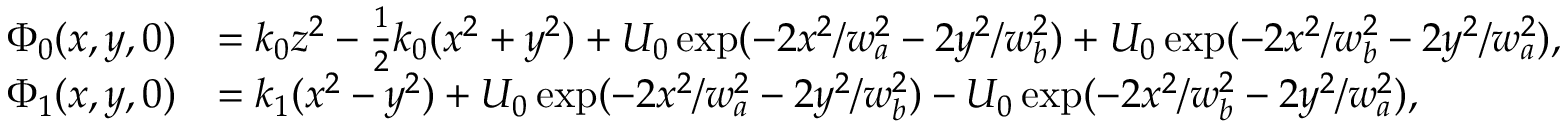
\begin{array} { r l } { \Phi _ { 0 } ( x , y , 0 ) } & { = k _ { 0 } z ^ { 2 } - \frac { 1 } { 2 } k _ { 0 } ( x ^ { 2 } + y ^ { 2 } ) + U _ { 0 } \exp ( - 2 x ^ { 2 } / w _ { a } ^ { 2 } - 2 y ^ { 2 } / w _ { b } ^ { 2 } ) + U _ { 0 } \exp ( - 2 x ^ { 2 } / w _ { b } ^ { 2 } - 2 y ^ { 2 } / w _ { a } ^ { 2 } ) , } \\ { \Phi _ { 1 } ( x , y , 0 ) } & { = k _ { 1 } ( x ^ { 2 } - y ^ { 2 } ) + U _ { 0 } \exp ( - 2 x ^ { 2 } / w _ { a } ^ { 2 } - 2 y ^ { 2 } / w _ { b } ^ { 2 } ) - U _ { 0 } \exp ( - 2 x ^ { 2 } / w _ { b } ^ { 2 } - 2 y ^ { 2 } / w _ { a } ^ { 2 } ) , } \end{array}